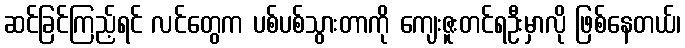
ဆင်ခြင်ကြည့်ရင် လင်တွေက ပစ်ပစ်သွားတာကို ကျေးဇူးတင်ရဦးမှာလို ဖြစ်နေတယ်၊